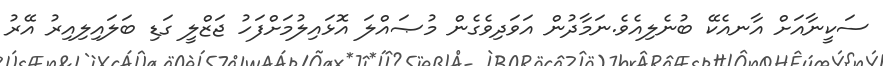
ސަކީނާއަށް އާނއެކޭ ބުނެލިއެވެ.ނަމާދުން އަވަދިވެގެން މުޞައްލަ އޮޅައިލުމަށްފަހު ޖަޒްލީ ގަޑި ބަލައިލިއިރު އޭރު